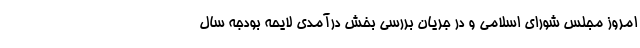
امروز مجلس شورای اسلامی و در جریان بررسی بخش درآمدی لایحه بودجه سال